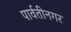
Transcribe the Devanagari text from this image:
पार्वतीनगर